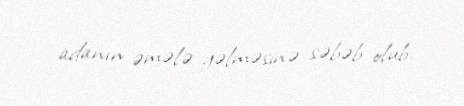
adanın əmələ gəlməsinə səbəb olub.